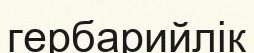
гербарийлік